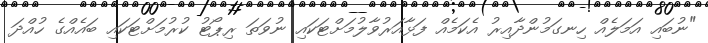
"ނުބައި އަމަލެއް ހިނގަމުންދާއިރު އެކަމެއް ފަޅާއަރުވާލުމަށްޓަކައި ނުވަތަ ރިޕޯޓު ކުރުމަށްޓަކައި ބައެއްގެ ހުއްދަ